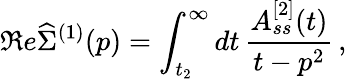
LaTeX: \Re e\widehat{\Sigma}^{(1)}(p)=\int_{t_{2}}^{\infty}dt\, \frac{A_{ss}^{[2]}(t)}{t-p^{2}}\, ,